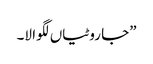
”جا روٹیاں لگوا لا۔